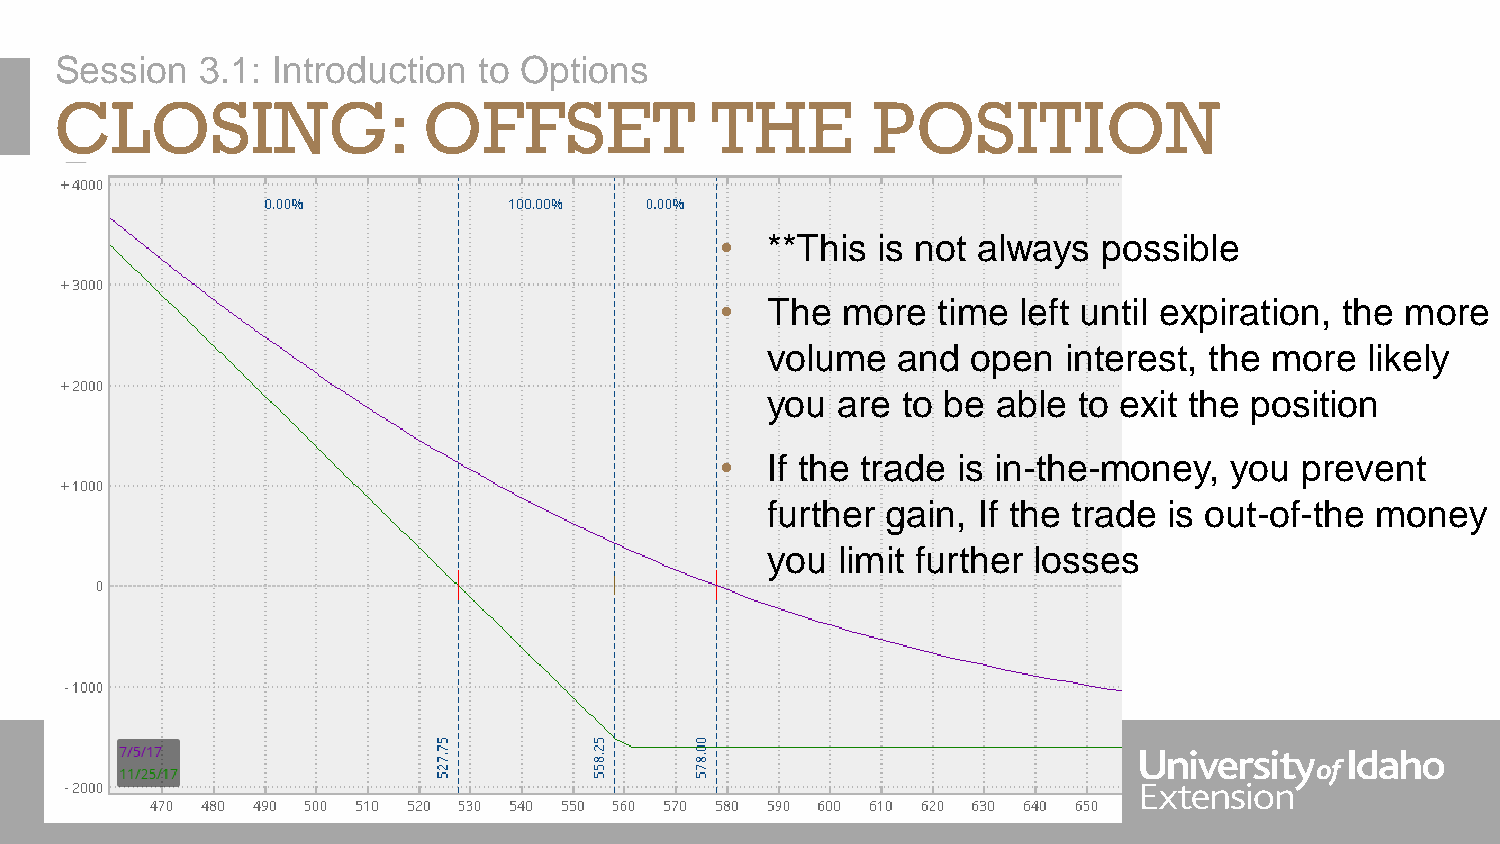
Session  3.1: Introduction  to Options
 CLOSING:                OFFSET             THE        POSITION
 •  **This is not always  possible
 •  The  more  time left until expiration, the more
 volume  and  open   interest, the more  likely
 you are  to be able to exit the position
 •  If the trade is in-the-money,  you prevent
 further gain, If the trade is out-of-the money
 you limit further losses